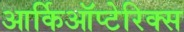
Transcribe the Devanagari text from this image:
आर्किऑप्टेरिक्स